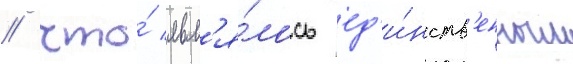
/ что́ явл'я́лось ед'и́нств'енным